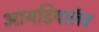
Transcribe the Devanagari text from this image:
आयडियालॅब